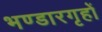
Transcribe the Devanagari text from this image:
भण्डारगृहों